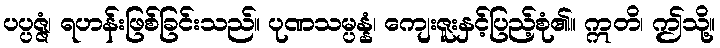
ပပ္ပဇ္ဇံ၊ ရဟန်းဖြစ်ခြင်းသည်။ ပုဏသမ္ပန္နံ၊ ကျေးဇူးနှင့်ပြည့်စုံ၏။ ဣတိ၊ ဤသို့။